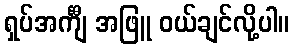
ရှပ်အင်္ကျီ အဖြူ ဝယ်ချင်လို့ပါ။